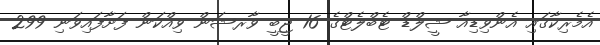
އެމެރިކާގައި އެންވިޑިއާ ޝީލްޑް ޓެބްލެޓްގެ 16 ޖީބީ ވާރޝަން ވިއްކަން ފަށާފައިވަނި 299